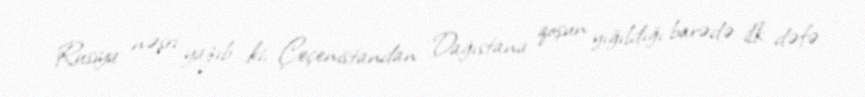
Rusiya nəşri yazıb ki, Çeçenistandan Dağıstana qoşun yığıldığı barədə ilk dəfə